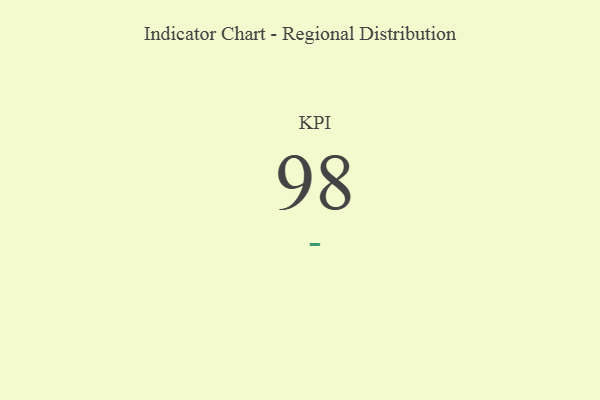
{"axis": {"x": "KPI", "y": "Value"}, "legend": [""], "data": [{"x": "KPI", "y": 98, "type": ""}]}